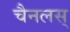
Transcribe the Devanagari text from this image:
चैनलस्